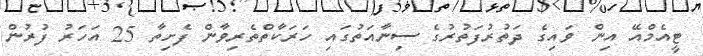
ޓީއެމްއޭ އިން ވައިގެ ދަތުރުފަތުރުގެ ސިނާއަތުގައި ހަރަކާތްތެރިވާން ފެށިތާ 25 އަހަރު ފުރުން